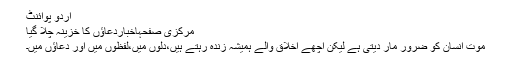
اُردو پوائنٹ
مرکزی صفحہاخباردعاؤں کا خزینہ چلا گیا
موت انسان کو ضرور مار دیتی ہے لیکن اچھے اخلاق والے ہمیشہ زندہ رہتے ہیں،دلوں میں،لفظوں میں اور دعاؤں میں۔